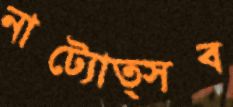
নাট্যোত্সব